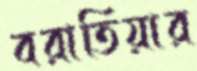
বরাতিয়ার